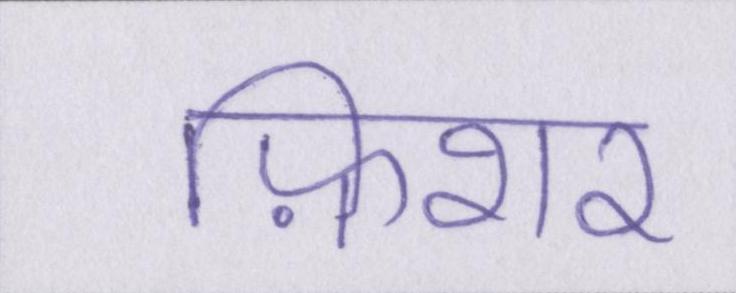
फ़िशर